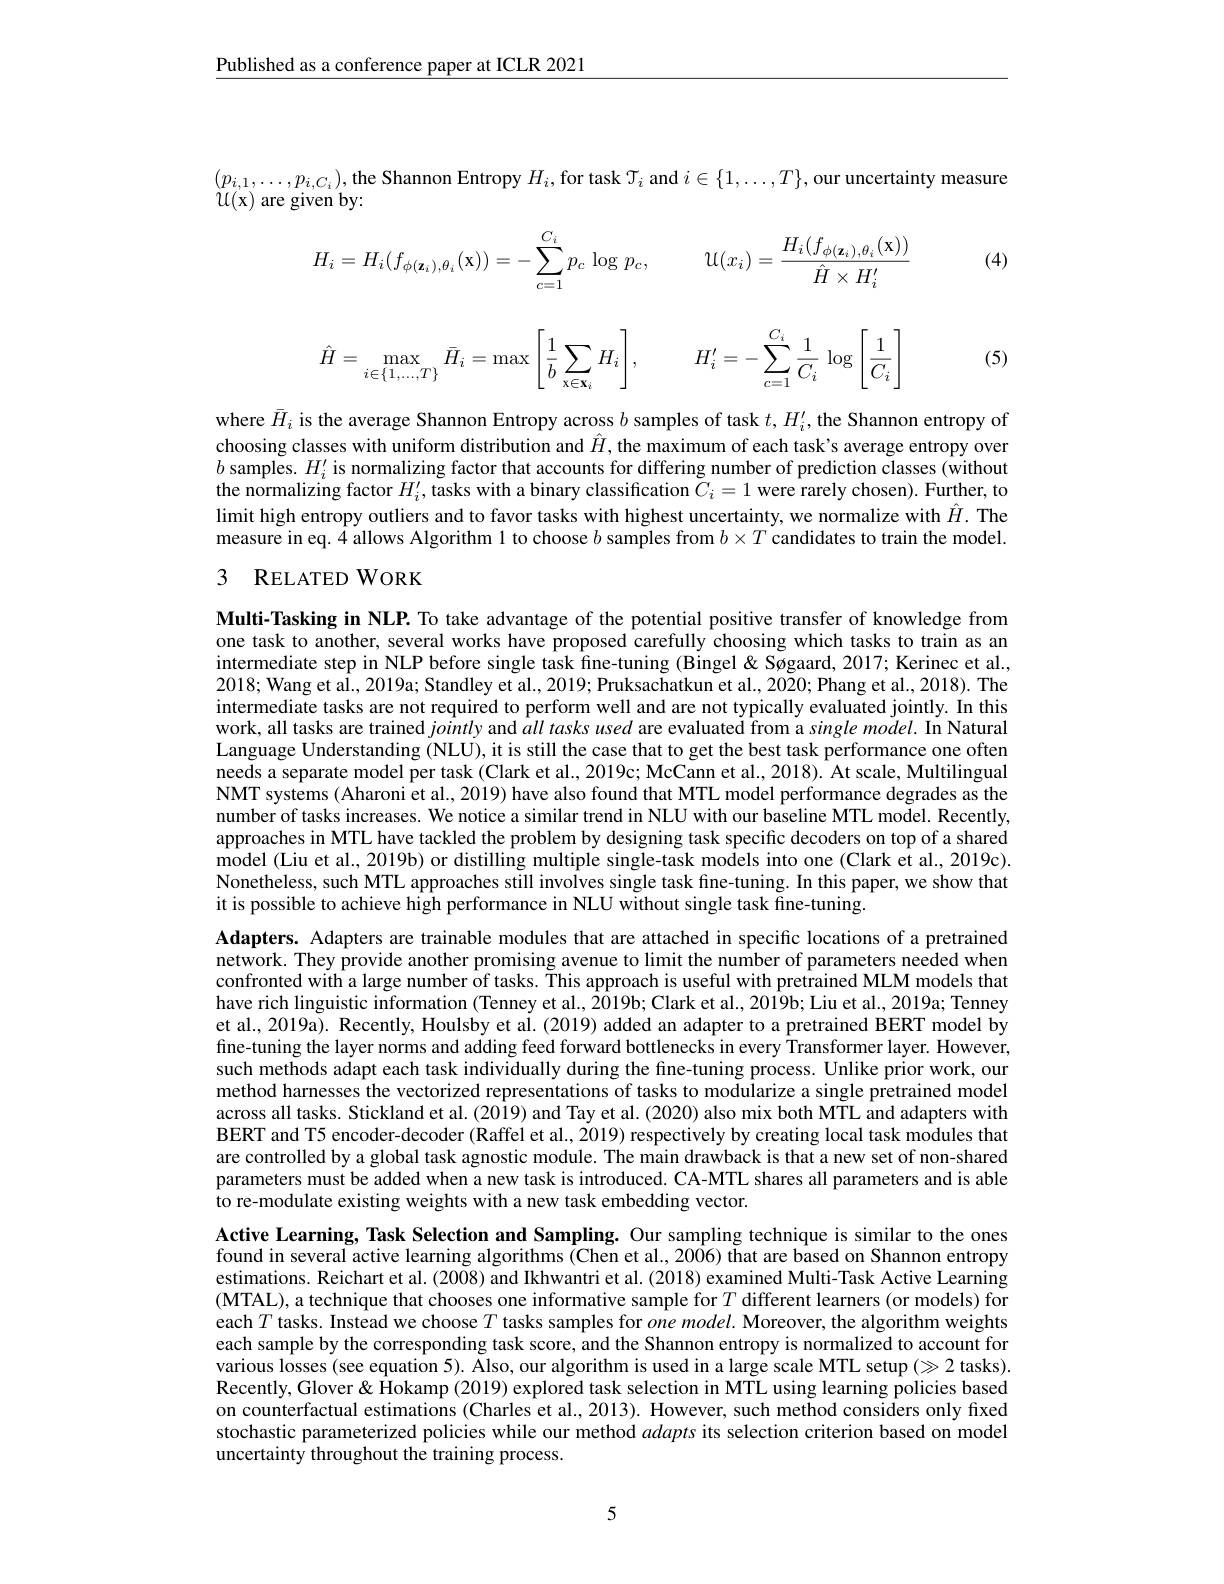
Published as a conference paper at ICLR 2021

$(p_{i,1},\ldots,p_{i,C_i})$,the Shannon Entropy $H_i$, for task $\mathcal{T}_i$ and $i\in\{1,\ldots,T\}$,our uncertainty measure
$U(\mathbf{x})$ are given by:
$$H_i=H_i(f_{\phi(\mathbf{z}_i),\theta_i}(\mathbf{x}))=-\sum_{c=1}^{C_i}p_c\:\log p_c,\quad\mathcal{U}(x_i)=\frac{H_i(f_{\phi(\mathbf{z}_i),\theta_i}(\mathbf{x}))}{\hat{H}\times H_i'}$$
(4)
$$\hat{H}=\max\limits_{i\in\{1,\dots,T\}}\bar{H}_i=\max\left[\frac{1}{b}\sum\limits_{x\in\mathbf{x}_i}H_i\right],\quad H_i'=-\sum\limits_{c=1}^{C_i}\frac{1}{C_i}\:\log\left[\frac{1}{C_i}\right]$$
(5)

where $\bar{H}_i$ is the average Shannon Entropy across $b$ samples of task $t,H_i^{\prime}$, the Shannon entropy of choosing classes with uniform distribution and $\hat{H}$, the maximum of each task's average entropy over $b$ samples. $H_i^\prime$ is normalizing factor that accounts for differing number of prediction classes (without $\hat{\text{the normalizing factor }H}_i^{\prime},\tilde{\text{tasks with a binary classification }C}_i=1\hat{\text{ were rarely chosen). Further}}$ limit high entropy outliers and to favor tasks with highest uncertainty, we normalize with $\hat{H}.$ The measure in eq. 4 allows Algorithm 1 to choose $b$ samples from $b\times T$ candidates to train the model. 3 RELATEDWORK

Multi-Tasking in NLP. To take advantage of the potential positive transfer of knowledge from one task to another, several works have proposed carefully choosing which tasks to train as an intermediate step in NLP before single task fine-tuning (Bingel & Søgaard, 2017; Kerinec et al., intermediate tasks are not required to perform well and are not typically evaluated jointly. In this work, all tasks are trained jointly and $\hat{a}ll$ tasks used are evaluated from a single model. In Natural Language Understanding (NLU), it is still the case that to get the best task performance one often needs a separate model per task (Clark et al., 2019c; McCann et al., 2018). At scale, Multilingual NMT systems (Aharoni et al., 2019) have also found that MTL model performance degrades as the number of tasks increases. We notice a similar trend in NLU with our baseline MTL model. Recently, approaches in MTL have tackled the problem by designing task specific decoders on top of a shared model (Liu et al., 2019b) or distilling multiple single-task models into one (Clark et al., 2019c). Nonetheless, such MTL approaches still involves single task fine-tuning. In this paper, we show that it is possible to achieve high performance in NLU without single task fine-tuning.

Adapters. Adapters are trainable modules that are attached in specific locations of a pretrained network. They provide another promising avenue to limit the number of parameters needed when confronted with a large number of tasks. This approach is useful with pretrained MLM models that have rich linguistic information (Tenney et al., 2019b; Clark et al., 2019b; Liu et al., 2019a; Tenney et al., 2019a). Recently, Houlsby et al. (2019) added an adapter to a pretrained BERT model by fine-tuning the layer norms and adding feed forward bottlenecks in every Transformer layer. However, such methods adapt each task individually during the fine-tuning process. Unlike prior work, our method harnesses the vectorized representations of tasks to modularize a single pretrained model across all tasks. Stickland et al. (2019) and Tay et al. (2020) also mix both MTL and adapters with BERT and T5 encoder-decoder (Raffel et al., 2019) respectively by creating local task modules that are controlled by a global task agnostic module. The main drawback is that a new set of non-shared parameters must be added when a new task is introduced. CA-MTL shares all parameters and is able to re-modulate existing weights with a new task embedding vector.

Active Learning, Task Selection and Sampling. Our sampling technique is similar to the ones found in several active learning algorithms (Chen et al., 2006) that are based on Shannon entropy estimations. Reichart et al. (2008) and Ikhwantri et al. (2018) examined Multi-Task Active Learning (MTAL), a technique that chooses one informative sample for $T$ different learners (or models) for each $T\hat{\text{tasks. Instead we choose}T\text{tasks samples for }one}\hat{model}.$ Moreover, the algorithm weights each sample by the corresponding task score, and the Shannon entropy is normalized to account for various losses (see equation 5). Klso, our algorithm is used in a large scale MTL setup (>2 tasks). Recently, Glover & Hokamp (2019) explored task selection in MTL using learning policies based on counterfactual estimations (Charles et al., 2013). However, such method considers only fixed stochastic parameterized policies while our method adapts its selection criterion based on model uncertainty throughout the training process.

5